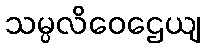
သမ္ပလိဝေဌေယျ